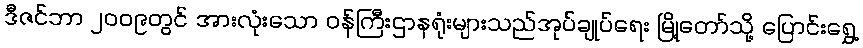
ဒီဇင်ဘာ ၂၀၀၉တွင် အားလုံးသော ဝန်ကြီးဌာနရုံးများသည်အုပ်ချုပ်ရေး မြို့တော်သို့ ပြောင်းရွှေ့